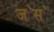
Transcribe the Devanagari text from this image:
ज॓स॓